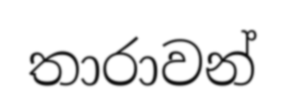
තාරාවන්